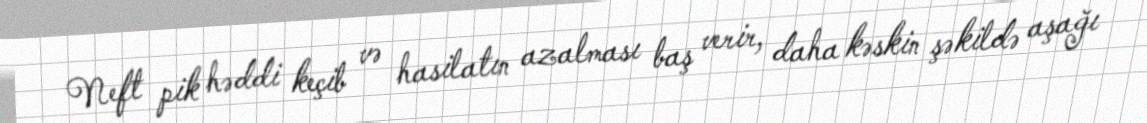
Neft pik həddi keçib və hasilatın azalması baş verir, daha kəskin şəkildə aşağı